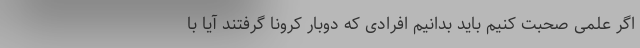
اگر علمی صحبت کنیم باید بدانیم افرادی که دوبار کرونا گرفتند آیا با